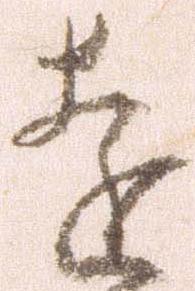
遠